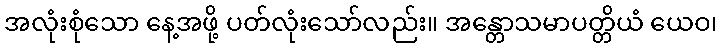
အလုံးစုံသော နေ့အဖို့ ပတ်လုံးသော်လည်း။ အန္တောသမာပတ္တိယံ ယေဝ၊